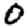
Digit: 0